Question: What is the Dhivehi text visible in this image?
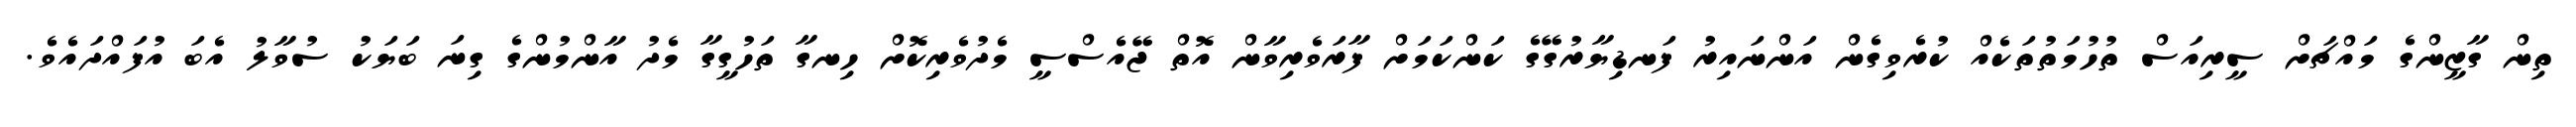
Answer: ތިން ގާޒީންގެ މައްޗަށް ސީރިއަސް ތުހުމަތުތަކެއް ކުރެވިގެން އަންނައިރު ފަނޑިޔާރުގޭގެ ކަންކަމަށް ފާރަވެރިވާން އޮތް ޖޭއެސްސީ މެދުވެރިކޮށް ހިނގާ ތަހުގީގާ މެދު އާންމުންގެ ގިނަ ބަޔަކު ސުވާލު އެބަ އުފައްދައެވެ.